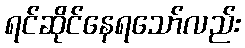
ရင်ဆိုင်နေရသော်လည်း